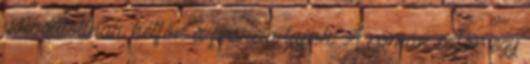
válogatottnak hétfőn a francia lapok. A román sofőr egy